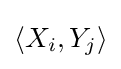
\langle X_{i},Y_{j}\rangle